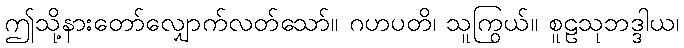
ဤသို့နားတော်လျှောက်လတ်သော်။ ဂဟပတိ၊ သူကြွယ်။ စူဠသုဘဒ္ဒါယ၊